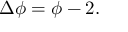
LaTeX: \Delta \phi = \phi - 2 .